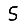
Digit: 5